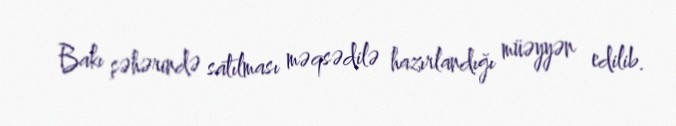
Bakı şəhərində satılması məqsədilə hazırlandığı müəyyən edilib.